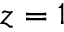
z = 1